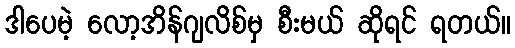
ဒါပေမဲ့ လော့အိန်ဂျလိစ်မှ စီးမယ် ဆိုရင် ရတယ်။